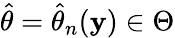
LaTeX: {\hat{\theta}}={\hat{\theta}}_{n}(\mathbf{y})\in\Theta